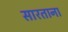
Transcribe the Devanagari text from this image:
सारताना